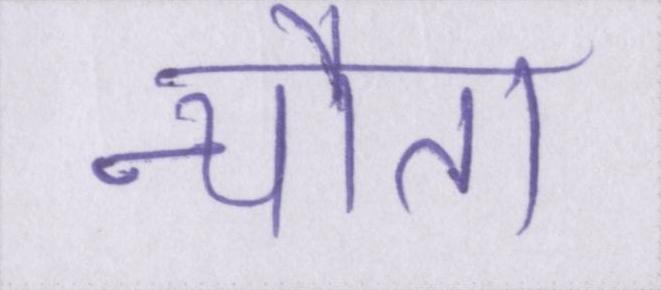
न्यौता